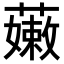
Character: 𧀒